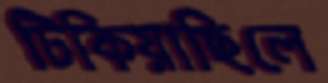
টিকিয়াছিলে